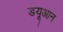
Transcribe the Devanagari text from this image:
डयूआन